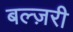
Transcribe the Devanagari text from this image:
बल्ज़री